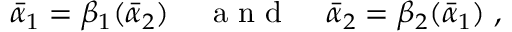
\bar { \alpha } _ { 1 } = \beta _ { 1 } ( \bar { \alpha } _ { 2 } ) \; \; \; \; { \mathrm { ~ a ~ n ~ d ~ } } \; \; \; \; \bar { \alpha } _ { 2 } = \beta _ { 2 } ( \bar { \alpha } _ { 1 } ) \; ,